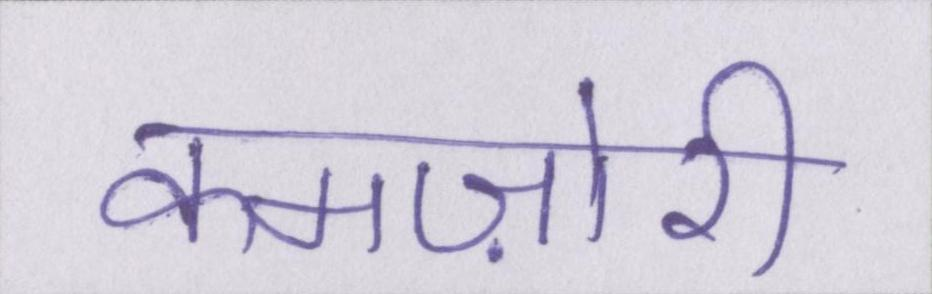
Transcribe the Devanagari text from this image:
कमज़ोरी